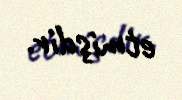
etmişdir.